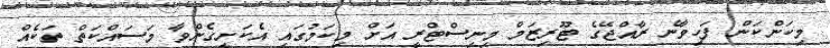
މިކަންކަން ފަހިވާނެ ރާއްޖޭގެ ޓޫރިޒަމް މިނިސްޓްރީ އަށް މިކަމުގައި އެކަށީގެންވާ މަސައްކަތް ތަކެއް